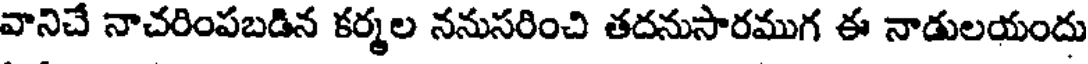
వానిచే నాచరింపబడిన కర్మల ననుసరించి తదనుసారముగ ఈ నాడులయందు